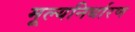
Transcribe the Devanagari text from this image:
मूल्‍यनिर्धारण